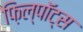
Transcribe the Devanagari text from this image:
फ़िल्पॉट्स